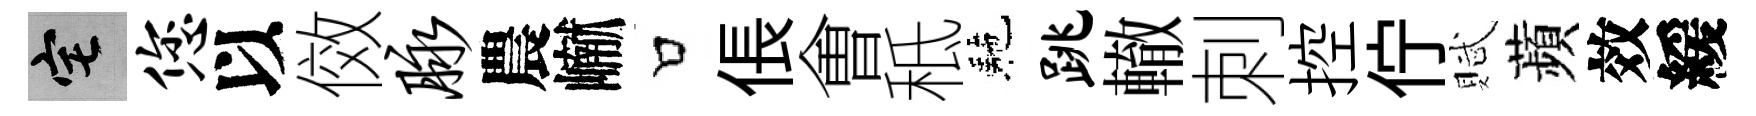
宅您以傚脉農𪩘口倀㑹秪駰跳轍刺控佇賦蘋效緩